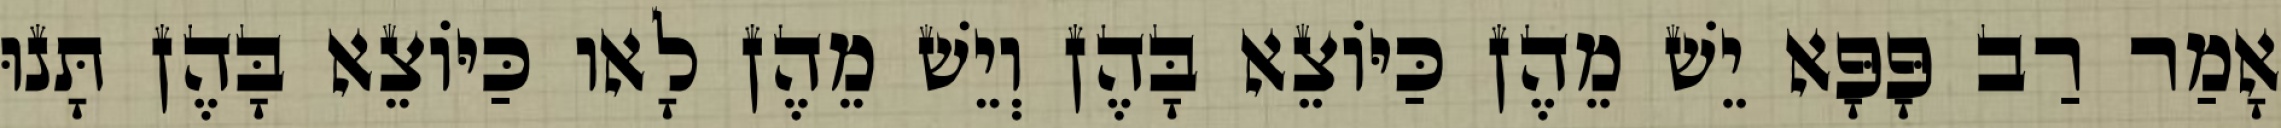
אָמַר רַב פָּפָּא יֵשׁ מֵהֶן כַּיּוֹצֵא בָּהֶן וְיֵשׁ מֵהֶן לָאו כַּיּוֹצֵא בָּהֶן תָּנוּ